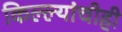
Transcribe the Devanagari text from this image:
किल्ल्यांचीही